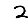
Digit: 2